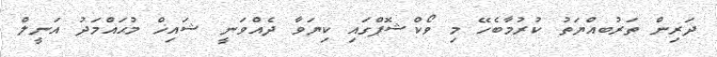
ދަރިން ތަރުބއްޔަތު ކުރުމާބެހޭ މި ވޯކްޝޮޕްގައި ކިޔަވާ ދެއްވަނީ ޝައިޚް މުޙައްމަދު އަނީލް